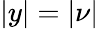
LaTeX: |y|=|\nu|